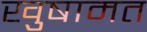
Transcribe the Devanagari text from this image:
खुषामत